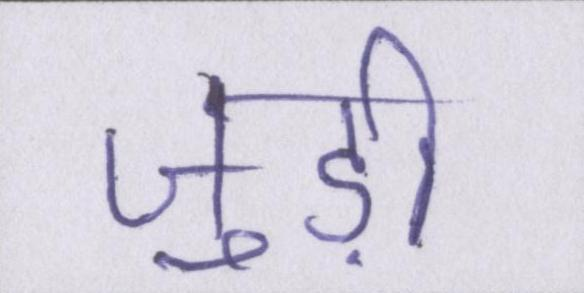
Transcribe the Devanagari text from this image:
जुड़ी